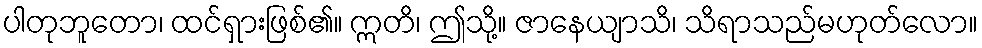
ပါတုဘူတော၊ ထင်ရှားဖြစ်၏။ ဣတိ၊ ဤသို့။ ဇာနေယျာသိ၊ သိရာသည်မဟုတ်လော။